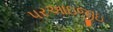
પરઆઇજીઇ